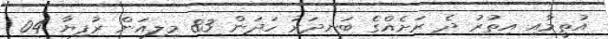
އުތީމާއި އިތުރު ދެ ރަށެއްގެ ބަނދަރު ހަދަން 83 މިލިއަން ރުފިޔާ 04